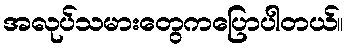
အလုပ်သမားတွေကပြောပါတယ်။